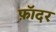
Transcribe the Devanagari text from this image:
फ़ॉदर